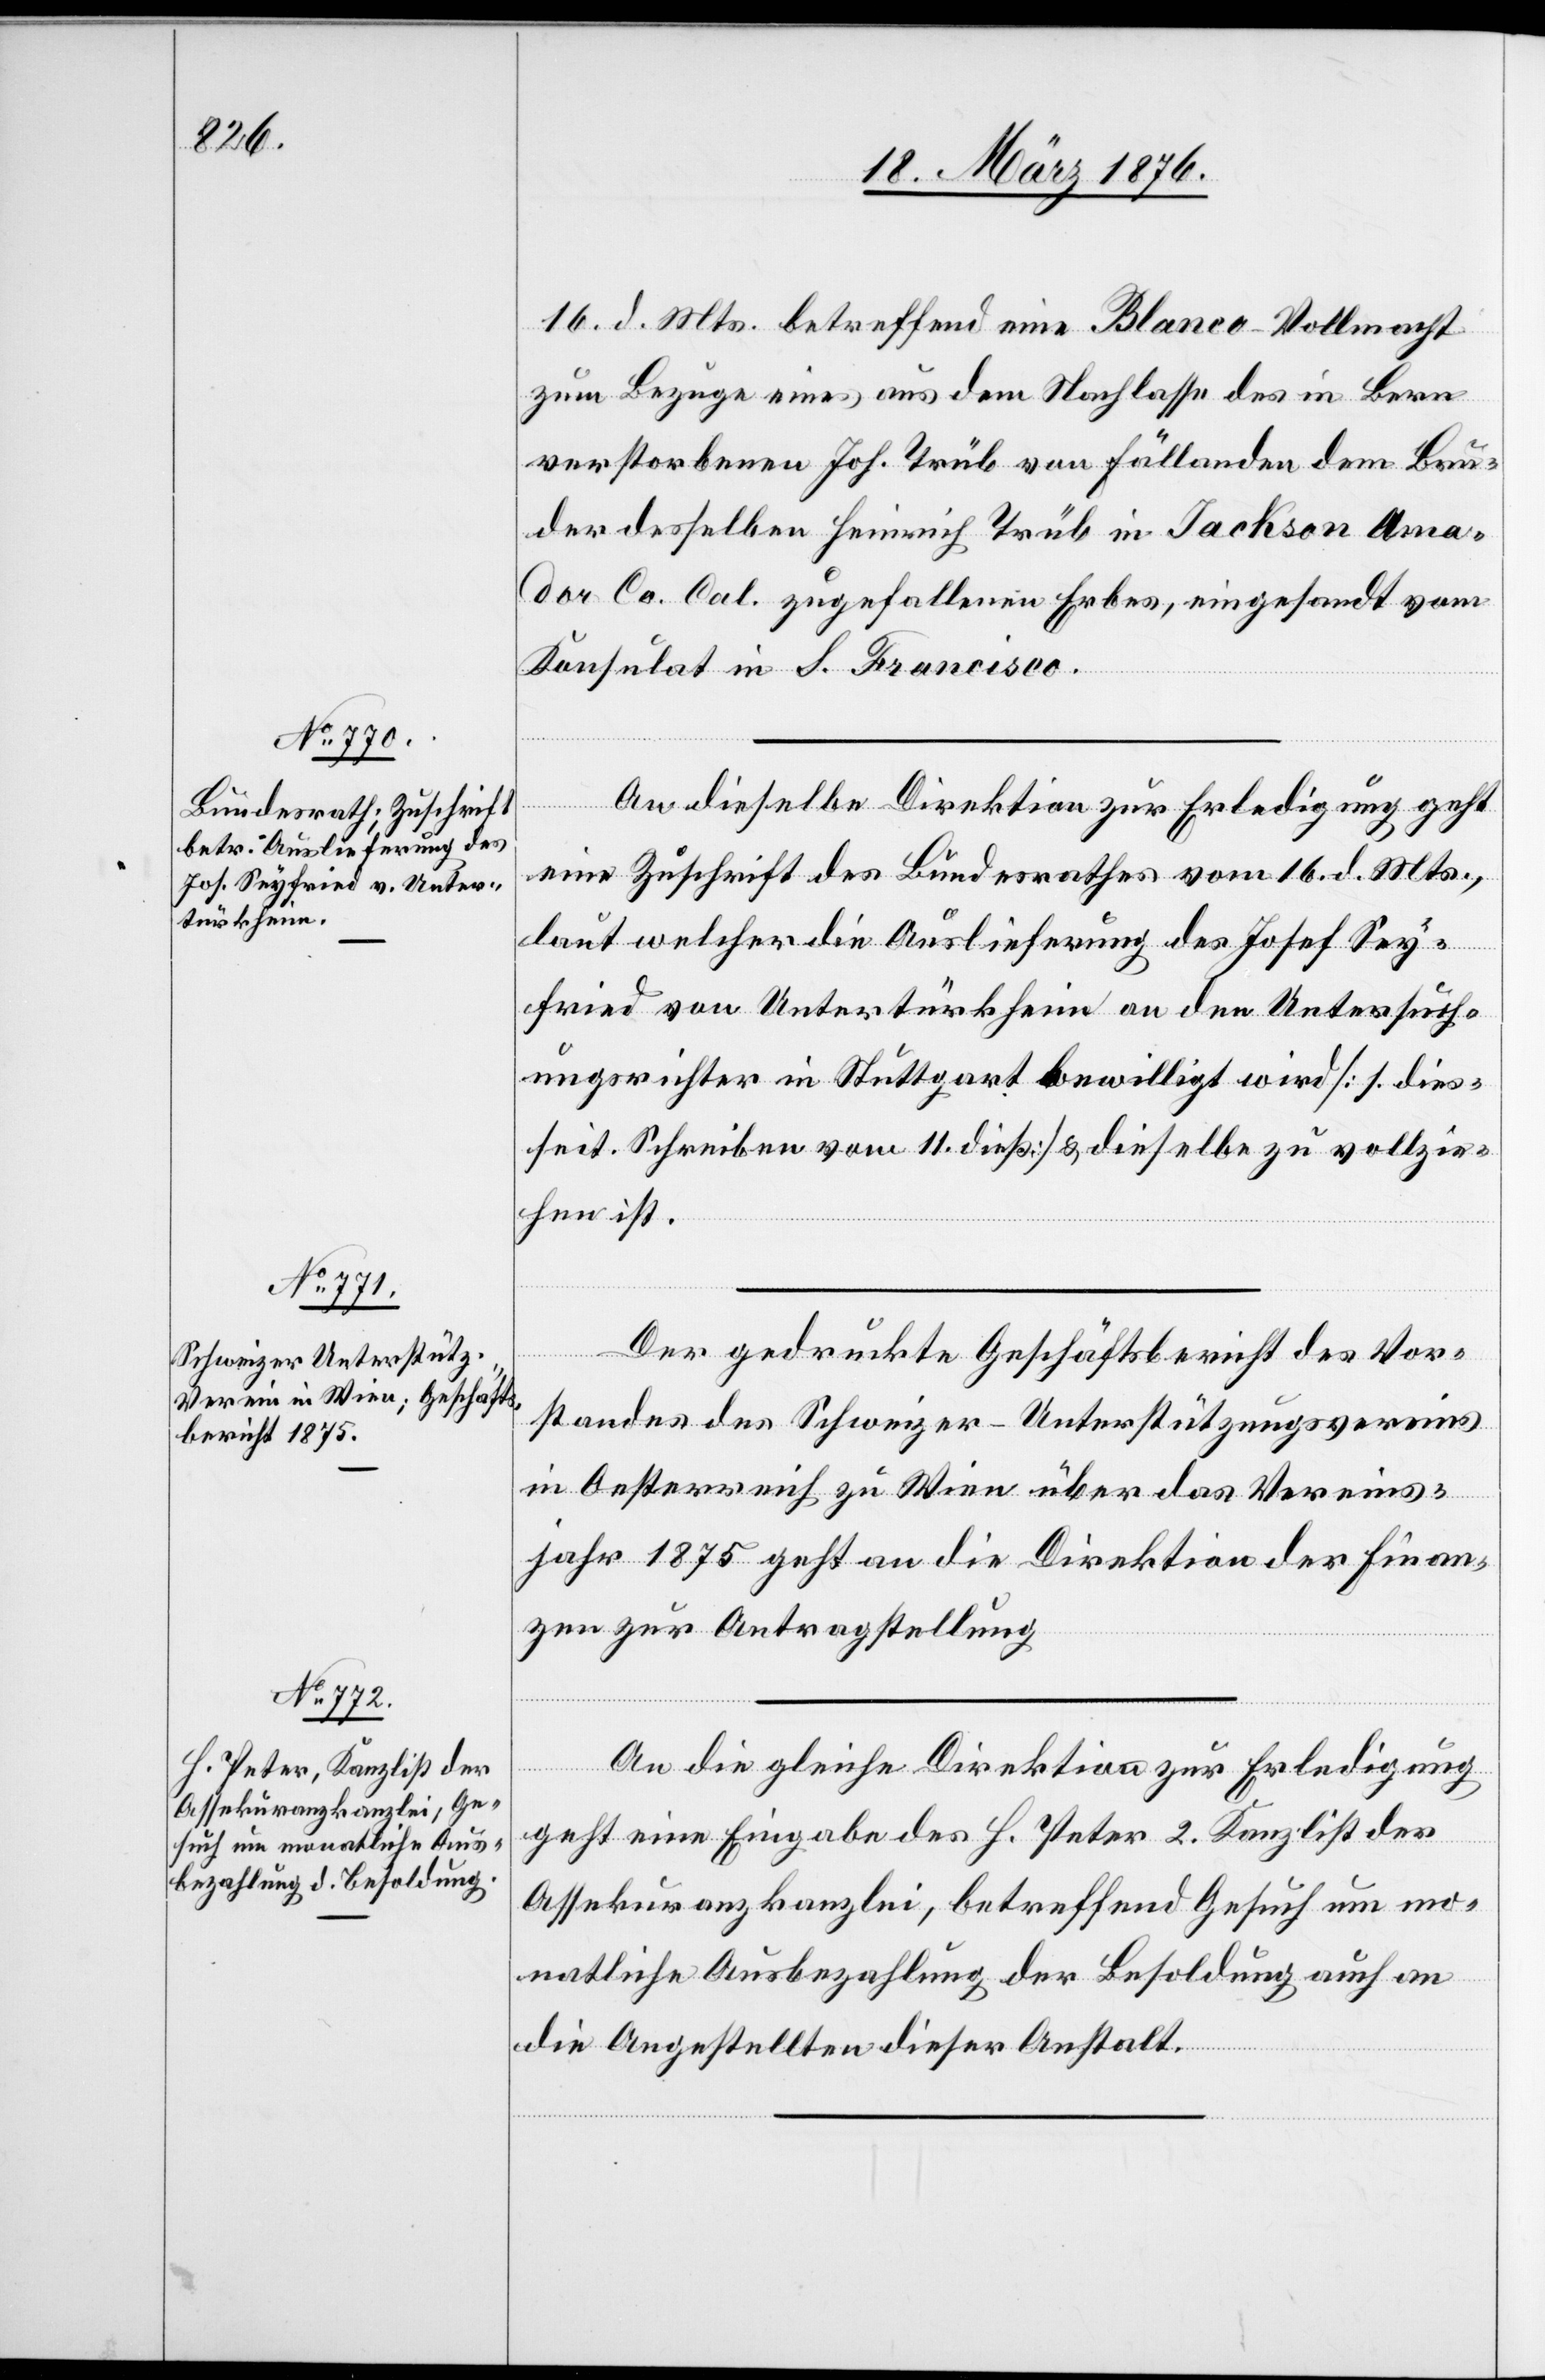
18. März 1876.]
16. d. Mts. betreffend eine Blanco-Vollmacht
zum Bezuge eines aus dem Nachlasse des in Bern
verstorbenen Joh. Trüb von Fällanden dem Bru¬
der desselben Heinrich Trüb in Jackson Ama¬
dor Co. Cal. zugefallenen Erbes, eingesandt vom
Konsulat in S. Francisco.
An dieselbe Direktion zur Erledigung geht
eine Zuschrift des Bundesrathes vom 16. d. Mts.,
laut welcher die Auslieferung des Josef Sey¬
fried von Untertürkheim an den Untersuch¬
ungsrichter in Stuttgart bewilligt wird [s. dies¬
seit. Schreiben vom 11. dieß] & dieselbe zu vollzie¬
hen ist.
Der gedruckte Geschäftsbericht des Vor¬
standes des Schweizer-Unterstützungsvereins
in Oesterreich zu Wien über das Vereins¬
der
jahr 1875 geht an die Direktion der Finan¬
zen zur Antragstellung.
An die gleiche Direktion zur Erledigung
geht eine Eingabe des H. Peter 2. Kanzlist der
Assekuranzkanzlei, betreffend Gesuch um mo¬
natliche Ausbezahlung der Besoldung auch an
die Angestellten dieser Anstalt.